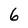
Character: 6